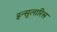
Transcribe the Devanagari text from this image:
इन्सुलारिस